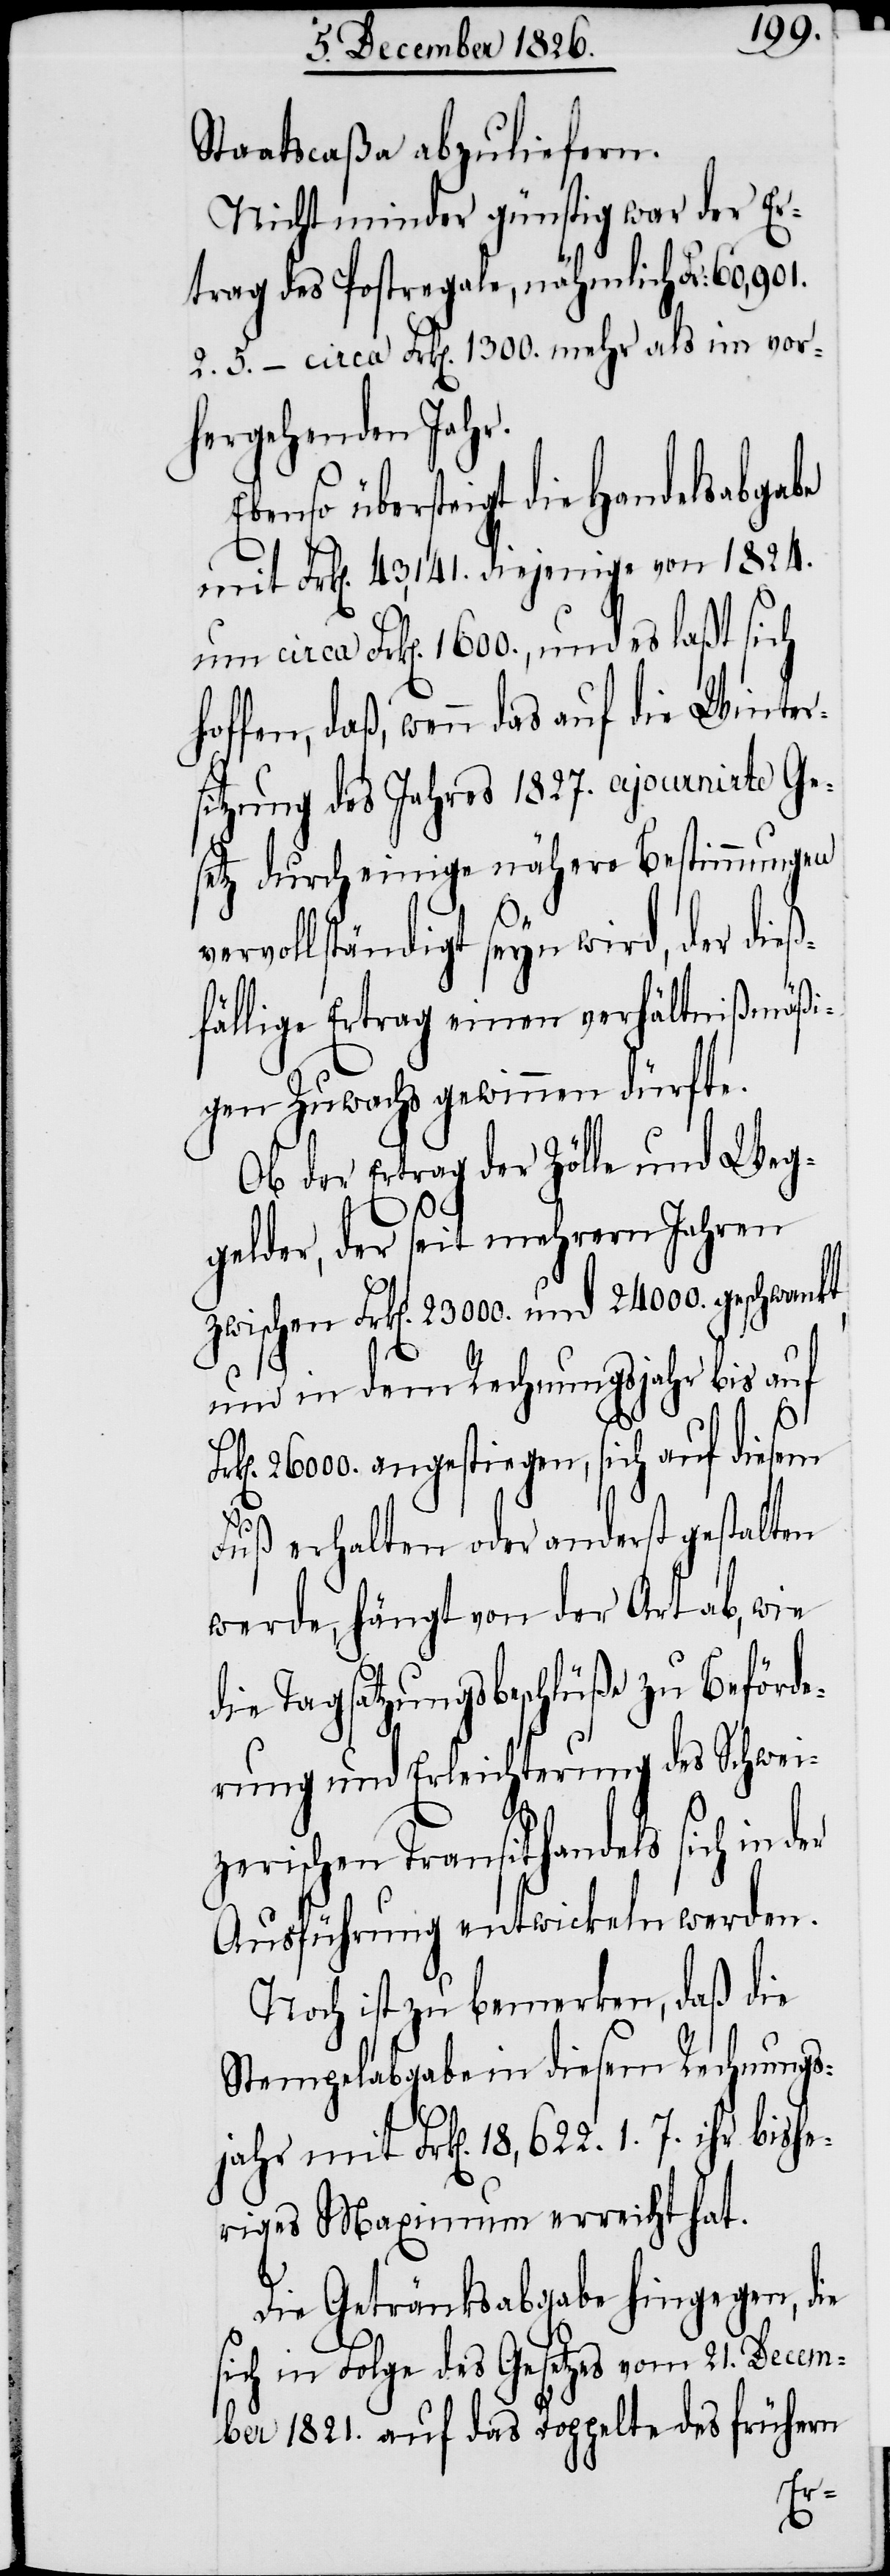
Staatscaßa abzuliefern.
Nicht minder günstig war der Er¬
trag des Postregale, nähmlich Fr: 60,901.
2. 5. – circa Frk[en]. 1300. mehr als im vor¬
hergehenden Jahr.
übersteigt die Handelsabgabe
mit Frk[en]. 43,141. diejenige von 1824.
um circa Frk[en]. 1600., und es laßt sich
daß, wenn das auf die Winter¬
sitzung des Jahres 1827. ajournirte Ge¬
setz durch einige nähere Bestimmungen
vervollständigt seyn wird, der dieß¬
fällige Ertrag einen verhältnißmäßi¬
gen Zuwachs gewinnen dürfte.
Ob der Ertrag der Zölle und Weg¬
gelder, der seit mehrern Jahren
zwischen Frk[en]. 23 000. und 24 000. geschwankt
und in dem Rechnungsjahr bis auf
26 000. angestiegen, sich auf diesem
Fuß erhalten oder anderst gestalten
werde, hängt von der Art ab, wie
die Tagsatzungsbeschlüße zu Beförde¬
rung und Erleichterung des Schwei¬
zerischen Transithandels sich in
Ausführung entwickeln werden.
Noch ist zu bemerken, daß die
Stempelabgabe in diesem Rechnungs¬
jahr mit Frk[en]. 18,622. 1. 7. ihr bishe¬
riges Maximum erreicht hat.
Die Getränksabgabe hingegen, die
sich in Folge des Gesetzes vom 21. Decem¬
ber 1821. auf das Doppelte des frühern